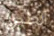
الطين